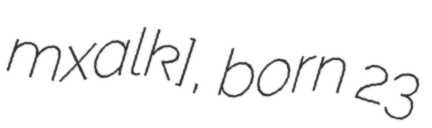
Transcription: ˈmɪxaːlɛk], born 23